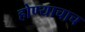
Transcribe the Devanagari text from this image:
होण्याचाच